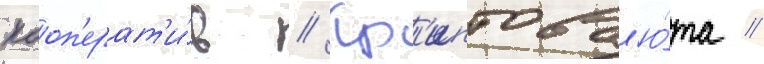
Кооп'ерат'и́в // Кр'иптовал'ю́та //